Indian journal of veterinary science and animal husbandry - Volume 3,
Year: 1933
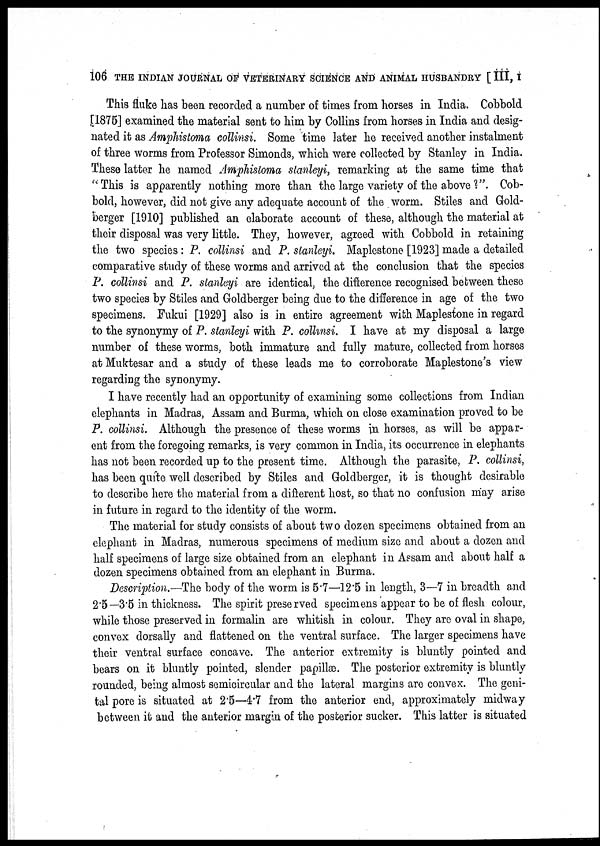
106 THE INDIAN JOURNAL OF VETERINARY SCIENCE AND ANIMAL HUSBANDRY [ III, I
This fluke has been recorded a number of times from horses in India. Cobbold
[1875] examined the material sent to him by Collins from horses in India and desig-
nated it as Amphistoma collinsi. Some time later he received another instalment
of three worms from Professor Simonds, which were collected by Stanley in India.
These latter he named Amphistoma stanleyi, remarking at the same time that
"This is apparently nothing more than the large variety of the above ?". Cob-
bold, however, did not give any adequate account of the worm. Stiles and Gold-
berger [1910] published an elaborate account of these, although the material at
their disposal was very little. They, however, agreed with Cobbold in retaining
the two species : P. collinsi and P. stanleyi. Maplestone [1923] made a detailed
comparative study of these worms and arrived at the conclusion that the species
P. collinsi and P. stanleyi are identical, the difference recognised between these
two species by Stiles and Goldberger being due to the difference in age of the two
specimens. Fukui [1929] also is in entire agreement with Maplestone in regard
to the synonymy of P. stanleyi with P. collinsi. I have at my disposal a large
number of these worms, both immature and fully mature, collected from horses
at Muktesar and a study of these leads me to corroborate Maplestone's view
regarding the synonymy.
I have recently had an opportunity of examining some collections from Indian
elephants in Madras, Assam and Burma, which on close examination proved to be
P. collinsi. Although the presence of these worms in horses, as will be appar-
ent from the foregoing remarks, is very common in India, its occurrence in elephants
has not been recorded up to the present time. Although the parasite, P. collinsi,
has been quite well described by Stiles and Goldberger, it is thought desirable
to describe here the material from a different host, so that no confusion may arise
in future in regard to the identity of the worm.
The material for study consists of about two dozen specimens obtained from an
elephant in Madras, numerous specimens of medium size and about a dozen and
half specimens of large size obtained from an elephant in Assam and about half a
dozen specimens obtained from an elephant in Burma.
Description.—The body of the worm is 5.7—12.5 in length, 3—7 in breadth and
2.5—3.5 in thickness. The spirit preserved specimens appear to be of flesh colour,
while those preserved in formalin are whitish in colour. They are oval in shape,
convex dorsally and flattened on the ventral surface. The larger specimens have
their ventral surface concave. The anterior extremity is bluntly pointed and
bears on it bluntly pointed, slender papillæ. The posterior extremity is bluntly
rounded, being almost semicircular and the lateral margins are convex. The geni-
tal pore is situated at 2.5—4.7 from the anterior end, approximately midway
between it and the anterior margin of the posterior sucker. This latter is situated